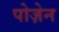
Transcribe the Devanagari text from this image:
पोज़ेन